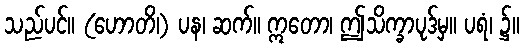
သည်ပင်။ (ဟောတိ၊) ပန၊ ဆက်။ ဣတော၊ ဤသိက္ခာပုဒ်မှ။ ပရံ၊ ၌။